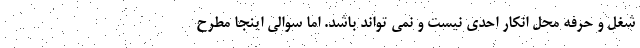
شغل و حرفه محل انکار احدی نیست و نمی تواند باشد. اما سوالی اینجا مطرح